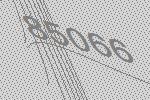
85066